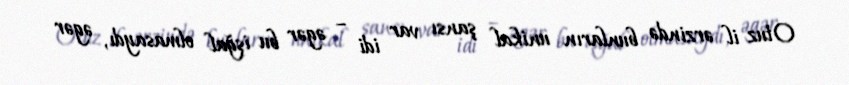
Otuz il ərzində bunların unikal şansı var idi – əgər bu işğal olmasaydı, əgər